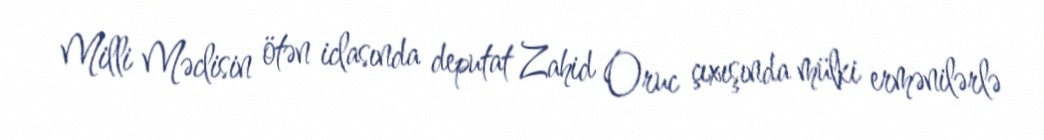
Milli Məclisin ötən iclasında deputat Zahid Oruc çıxışında mülki ermənilərlə